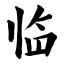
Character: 临